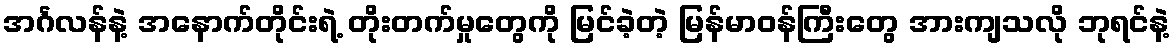
အင်္ဂလန်နဲ့ အနောက်တိုင်းရဲ့ တိုးတက်မှုတွေကို မြင်ခဲ့တဲ့ မြန်မာဝန်ကြီးတွေ အားကျသလို ဘုရင်နဲ့